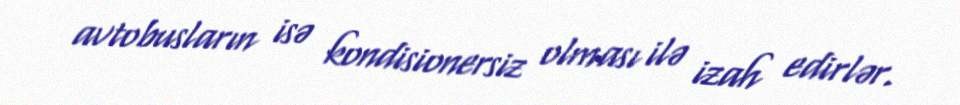
avtobusların isə kondisionersiz olması ilə izah edirlər.